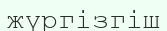
жүргізгіш